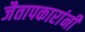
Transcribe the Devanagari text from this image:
जैतापकारांनी